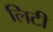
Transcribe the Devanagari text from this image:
लिटी